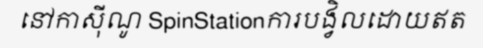
នៅកាស៊ីណូ SpinStationការបង្វិលដោយឥត